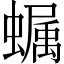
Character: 𧑏